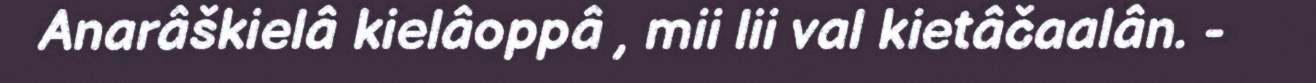
Anarâškielâ kielâoppâ , mii lii val kietâčaalân. -